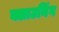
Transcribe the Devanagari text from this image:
क्लाउनिंग